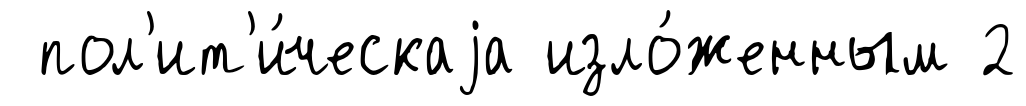
пол'ит'и́ческаjа изло́женным 2